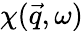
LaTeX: \chi(\vec{q},\omega)